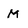
Character: M